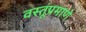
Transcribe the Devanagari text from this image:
वस्तूंप्रमाणे